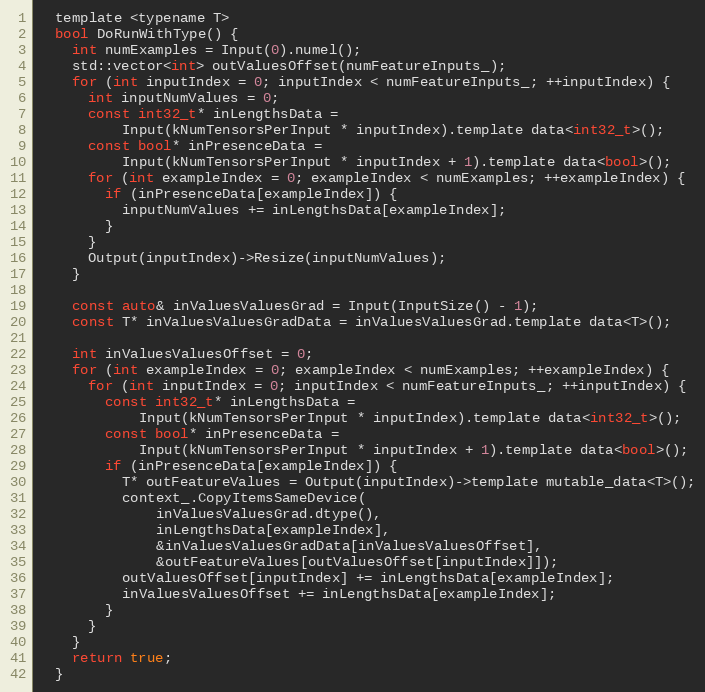
Language: C
  template <typename T>
  bool DoRunWithType() {
    int numExamples = Input(0).numel();
    std::vector<int> outValuesOffset(numFeatureInputs_);
    for (int inputIndex = 0; inputIndex < numFeatureInputs_; ++inputIndex) {
      int inputNumValues = 0;
      const int32_t* inLengthsData =
          Input(kNumTensorsPerInput * inputIndex).template data<int32_t>();
      const bool* inPresenceData =
          Input(kNumTensorsPerInput * inputIndex + 1).template data<bool>();
      for (int exampleIndex = 0; exampleIndex < numExamples; ++exampleIndex) {
        if (inPresenceData[exampleIndex]) {
          inputNumValues += inLengthsData[exampleIndex];
        }
      }
      Output(inputIndex)->Resize(inputNumValues);
    }

    const auto& inValuesValuesGrad = Input(InputSize() - 1);
    const T* inValuesValuesGradData = inValuesValuesGrad.template data<T>();

    int inValuesValuesOffset = 0;
    for (int exampleIndex = 0; exampleIndex < numExamples; ++exampleIndex) {
      for (int inputIndex = 0; inputIndex < numFeatureInputs_; ++inputIndex) {
        const int32_t* inLengthsData =
            Input(kNumTensorsPerInput * inputIndex).template data<int32_t>();
        const bool* inPresenceData =
            Input(kNumTensorsPerInput * inputIndex + 1).template data<bool>();
        if (inPresenceData[exampleIndex]) {
          T* outFeatureValues = Output(inputIndex)->template mutable_data<T>();
          context_.CopyItemsSameDevice(
              inValuesValuesGrad.dtype(),
              inLengthsData[exampleIndex],
              &inValuesValuesGradData[inValuesValuesOffset],
              &outFeatureValues[outValuesOffset[inputIndex]]);
          outValuesOffset[inputIndex] += inLengthsData[exampleIndex];
          inValuesValuesOffset += inLengthsData[exampleIndex];
        }
      }
    }
    return true;
  }